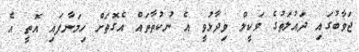
ޖަވާބުގައި ދައުލަތުގެ ވަކީލް ވިދާޅުވީ އެ ނުކުތާތައް އެގޮތަށް ހިމަނާފައި އޮތީ އެ